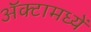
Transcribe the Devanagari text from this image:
अॅक्टामध्यें